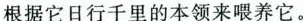
它日行千里的本领来喂养它。